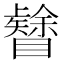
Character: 𥌟